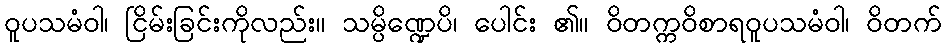
ဝူပသမံဝါ၊ ငြိမ်းခြင်းကိုလည်း။ သမ္ပိဏ္ဍေပိ၊ ပေါင်း ၏။ ဝိတက္ကဝိစာရဝူပသမံဝါ၊ ဝိတက်